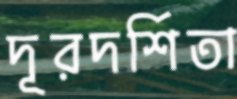
দূরদর্শিতা